Scottish Leaving Certificate Examination, 1954
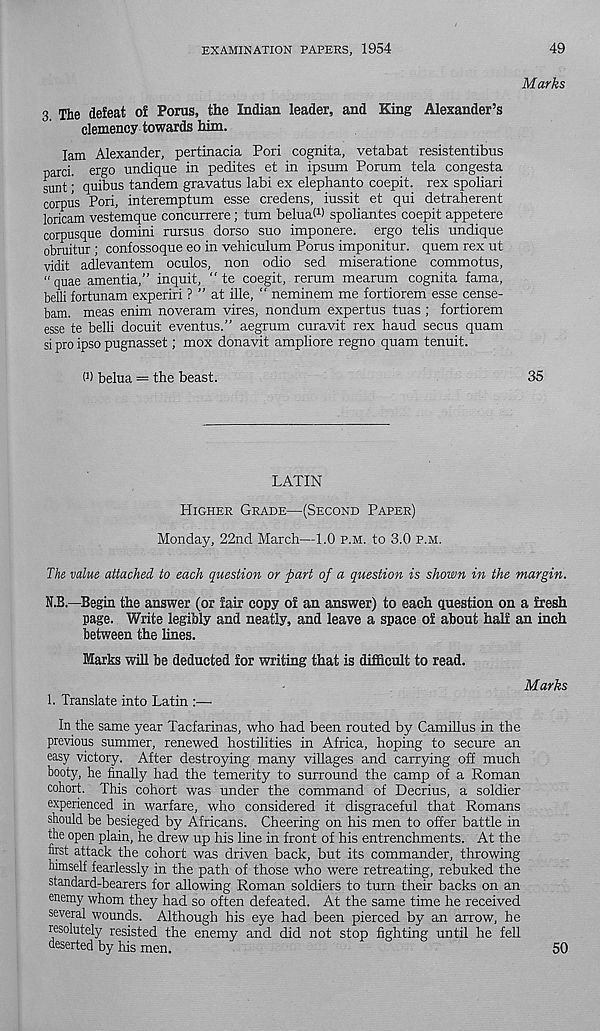
EXAMINATION PAPERS, 1954
49
Marks
3 The defeat of Poms, the Indian leader, and King Alexander’s
clemency towards him.
Tam Alexander, pertinacia Pori cognita, vetabat resistentibus
parci. ergo undique in pedites et in ipsum Porum tela congesta
sunt; quibus tandem gravatus labi ex elephanto coepit. rex spoliari
corpus Pori, interemptum esse credens, iussit et qui detraherent
loricam vestemque concurrere; turn beluaM spoliantes coepit appetere
corpusque domini rursus dorso suo imponere. ergo telis undique
obruitur ; confossoque eo in vehiculum Porus imponitur. quem rex ut
vidit adlevantem oculos, non odio sed miseratione commotus,
" quae amentia,” inquit, “ te coegit, rerum mearum cognita fama,
belli fortunam experiri ? ” at ille, “ neminem me fortiorem esse cense-
bam. meas enim noveram vires, nondum expertus tuas ; fortiorem
esse te belli docuit eventus.” aegrum curavit rex baud secus quam
si pro ipso pugnasset; mox donavit ampliore regno quam tenuit.
P) belua = the beast.
35
LATIN
Higher Grade—(Second Paper)
Monday, 22nd March—1.0 p.m. to 3.0 p.m.
The value attached to each question or part of a question is shown in the margin.
N.B.—Begin the answer (or fair copy of an answer) to each question on a fresh
page. Write legibly and neatly, and leave a space of about half an inch
between the lines.
Marks will be deducted for writing that is difficult to read.
Marks
1. Translate into Latin :■ —■
In the same year Tacfarinas, who had been routed by Camillus in the
previous summer, renewed hostilities in Africa, hoping to secure an
easy victory. After destroying many villages and carrying off much
booty, he finally had the temerity to surround the camp of a Roman
cohort. This cohort was under the command of Decrius, a soldier
experienced in warfare, who considered it disgraceful that Romans
should be besieged by Africans. Cheering on his men to offer battle in
the open plain, he drew up his line in front of his entrenchments. At the
first attack the cohort was driven back, but its commander, throwing
himself fearlessly in the path of those who were retreating, rebuked the
standard-bearers for allowing Roman soldiers to turn their backs on an
enemy whom they had so often defeated. At the same time he received
several wounds. Although his eye had been pierced by an arrow, he
resolutely resisted the enemy and did not stop fighting until he fell
deserted by his men.
50